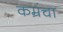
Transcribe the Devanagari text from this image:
कम्रंचा